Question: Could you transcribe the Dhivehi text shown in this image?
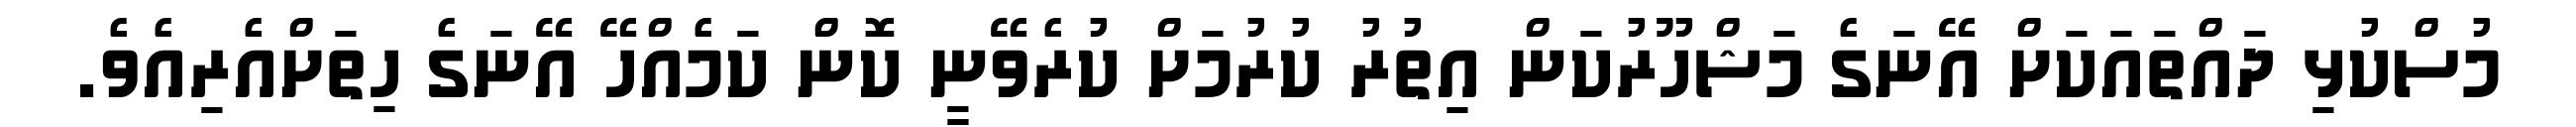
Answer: މުސްކުޅި ދައްތައަކަށް އޭނަގެ މަޝްހޫރުކަން އިތުރު ކުރުމަށް ކުރެވޭނީ ކޮން ކަމެއްހޭ އޭނަގެ ހިތަށްއެރިއެވެ.